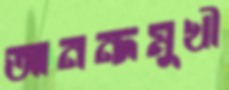
আনন্দমুখী